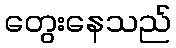
တွေးနေသည်